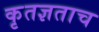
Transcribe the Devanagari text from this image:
कृतज्ञताच